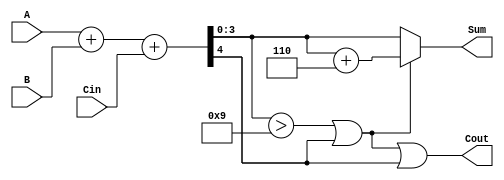
module BCD_Parallel_Adder (
    input  [3:0] A,    // First BCD digit
    input  [3:0] B,    // Second BCD digit
    input        Cin,   // Carry input
    output [3:0] Sum,   // BCD result
    output       Cout   // Carry output
);

    wire [4:0] S;      // 5-bit sum for binary addition
    wire correction;    // Correction needed
    wire [3:0] corrected_sum; // Sum after correction

    // Step 1: Binary addition
    assign S = A + B + Cin;

    // Step 2: Determine if correction is needed
    assign correction = (S[3:0] > 4'd9) || S[4];

    // Step 3: Calculate corrected sum
    assign corrected_sum = S[3:0] + 4'b0110; // Add 6 for correction

    // Step 4: Final outputs
    assign Sum = correction ? corrected_sum : S[3:0]; // Choose corrected or original sum
    assign Cout = correction || S[4]; // Carry out if correction is needed or if original carry out exists

endmodule